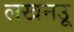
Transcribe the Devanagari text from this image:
लखनउू